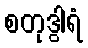
စတုဒွါရံ